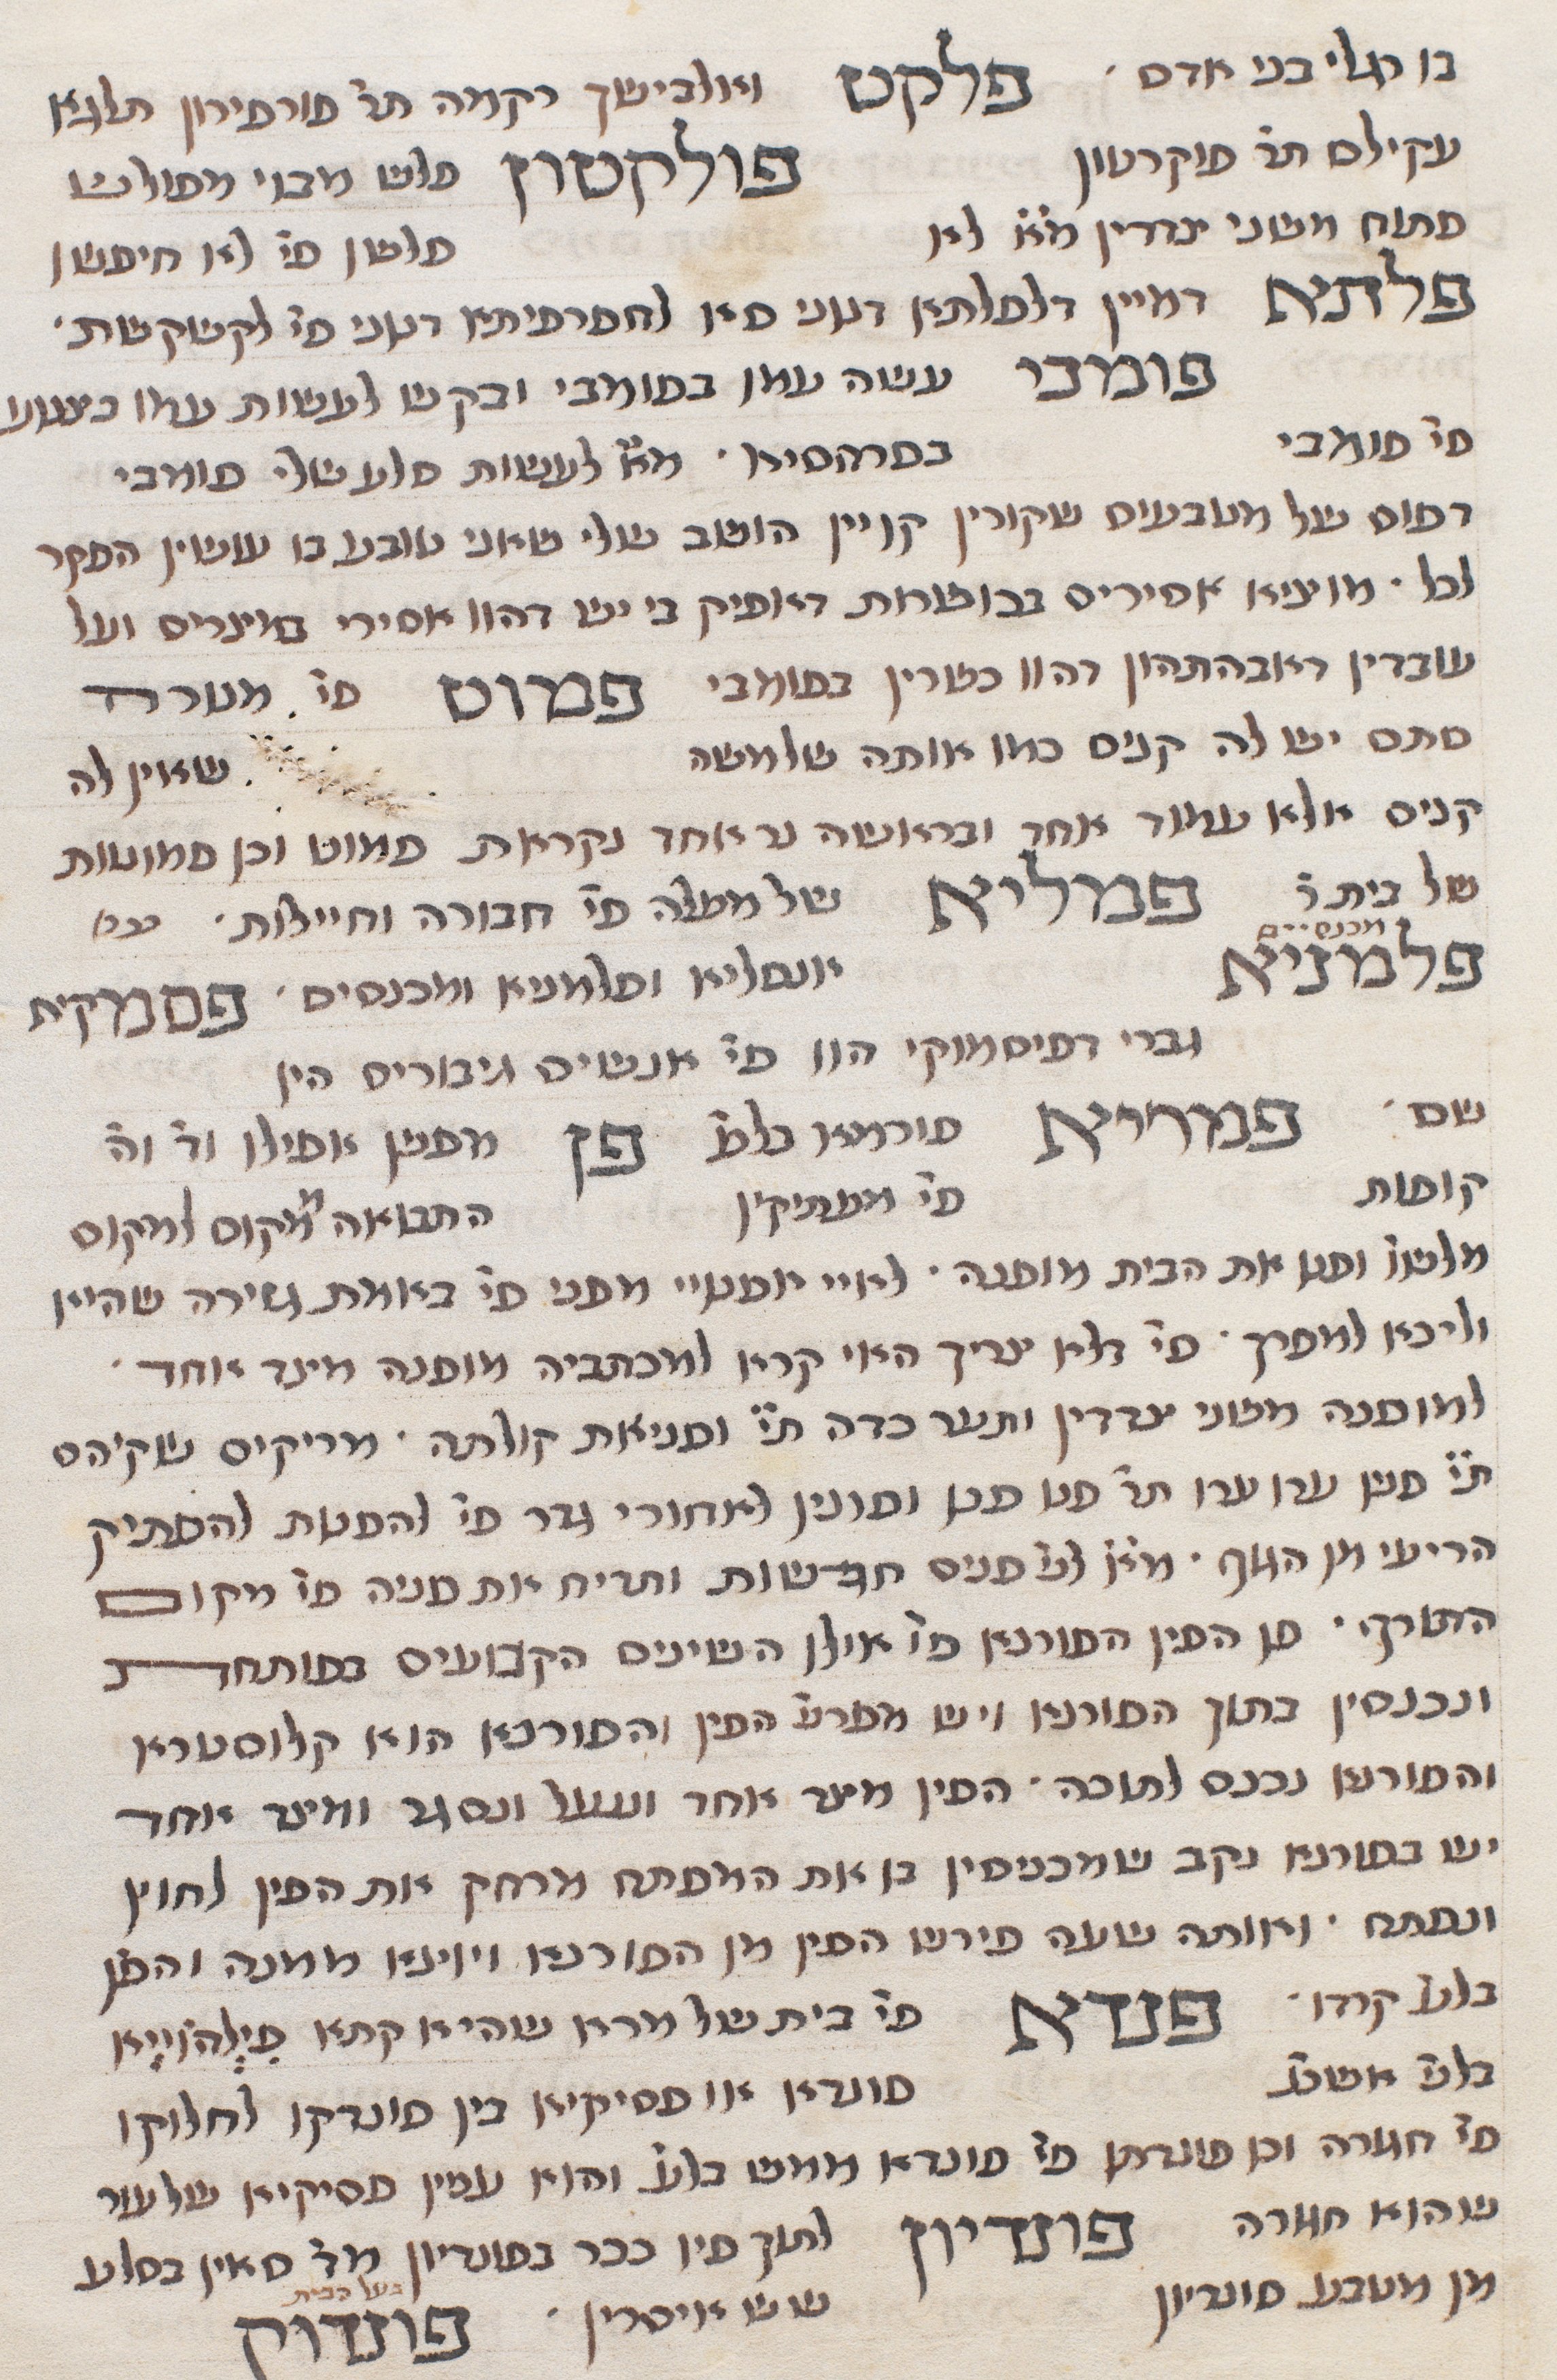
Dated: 1290–1290